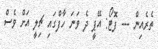
ތެރެއިން --- ފޮޓޯ: އޭޕީ ދެ ވަނަ ހާފްގައި ޗިލީ އަށް ވެސް